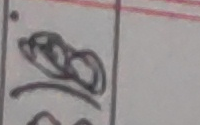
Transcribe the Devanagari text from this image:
अ